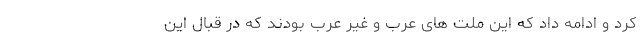
کرد و ادامه داد که این ملت های عرب و غیر عرب بودند که در قبال این